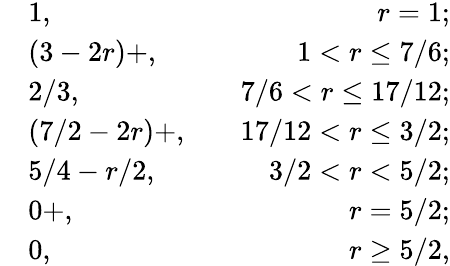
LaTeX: \begin{array}{rlr}&{1,\quad}&{r=1;}\\ &{(3-2r)+,\quad}&{1<r\le 7/6;}\\ &{2/3,\quad}&{7/6<r\le 17/12;}\\ &{(7/2-2r)+,\quad}&{17/12<r\le 3/2;}\\ &{5/4-r/2,\quad}&{3/2<r<5/2;}\\ &{0+,\quad}&{r=5/2;}\\ &{0,\quad}&{r\ge 5/2,}\end{array}